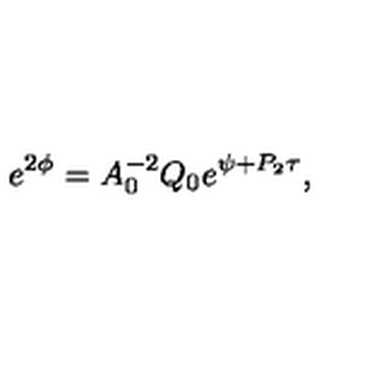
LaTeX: e ^ { 2 \phi } = A _ { 0 } ^ { - 2 } Q _ { 0 } e ^ { \psi + P _ { 2 } \tau } ,